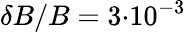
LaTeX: \delta B/B=3{\cdot}10^{-3}